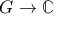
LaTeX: G \to \mathbb { C }